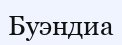
Буэндиа